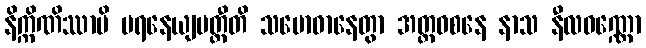
နိက္ကိဏိဿာမိ ပရနေယျမတ္ထီတိ သမောဓာနေတွာ အတ္ထဝစနေ နာသ နီလဝဏ္ဏော